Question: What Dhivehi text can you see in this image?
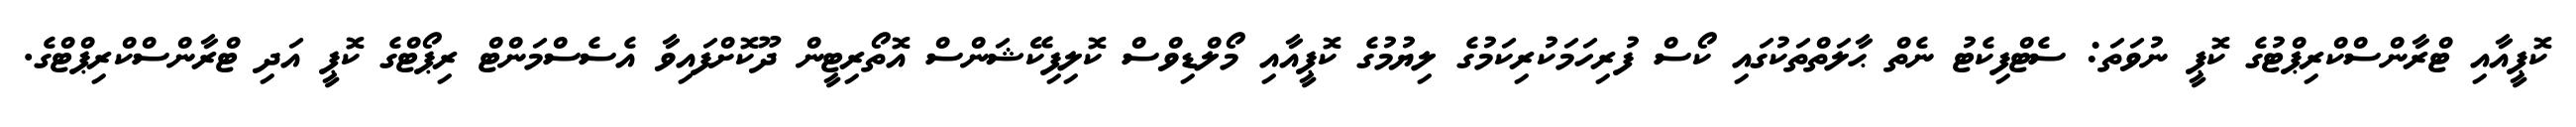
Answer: ކޮޕީއާއި ޓްރާންސްކްރިޕްޓުގެ ކޮޕީ ނުވަތަ: ސެޓްފިކެޓު ނެތް ޙާލަތްތަކުގައި ކޯސް ފުރިހަމަކުރިކަމުގެ ލިޔުމުގެ ކޮޕީއާއި މޯލްޑިވްސް ކޮލިފިކޭޝަންސް އޮތޯރިޓީން ދޫކޮށްފައިވާ އެސެސްމަންޓް ރިޕޯޓްގެ ކޮޕީ އަދި ޓްރާންސްކްރިޕްޓްގެ.